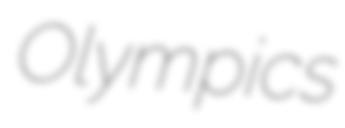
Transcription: Olympics